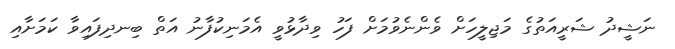
ނަޝީދު ޝަރީއަތުގެ މަޖިލީހަށް ވެންނެވުމަށް ފަހު ވިދާޅުވީ އެމަނިކުފާނު އަތް ބިނދިފައިވާ ކަމަށާއި